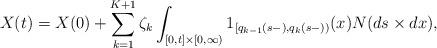
LaTeX: \begin{align*}X(t) &= X(0) + \sum_{k=1}^{K+1} \zeta_k \int_{[0,t]\times [0,\infty)}1_{[q_{k-1}(s-),q_k(s-))}(x) N(ds\times dx),\end{align*}